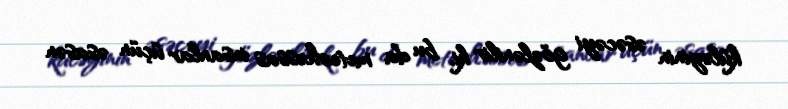
küləyinin əsəcəyi gözlənilir ki, bu da meteohəssas insanlar üçün əsasən